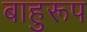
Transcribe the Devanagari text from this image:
बाहुरूप